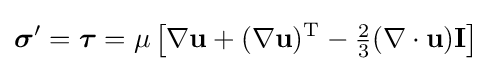
{\boldsymbol {\sigma }}'={\boldsymbol {\tau }}=\mu \left[\nabla \mathbf {u} +(\nabla \mathbf {u} )^{\mathrm {T} }-{\tfrac {2}{3}}(\nabla \cdot \mathbf {u} )\mathbf {I} \right]